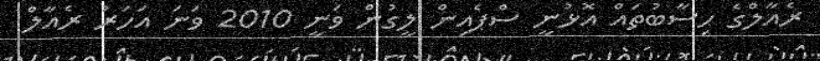
ރެއާލްގެ ހިސާބުތައް އޮޅުނީ ސްޕެއިން ލީގުން ވަނީ 2010 ވަނަ އަހަރު ރެއާލް